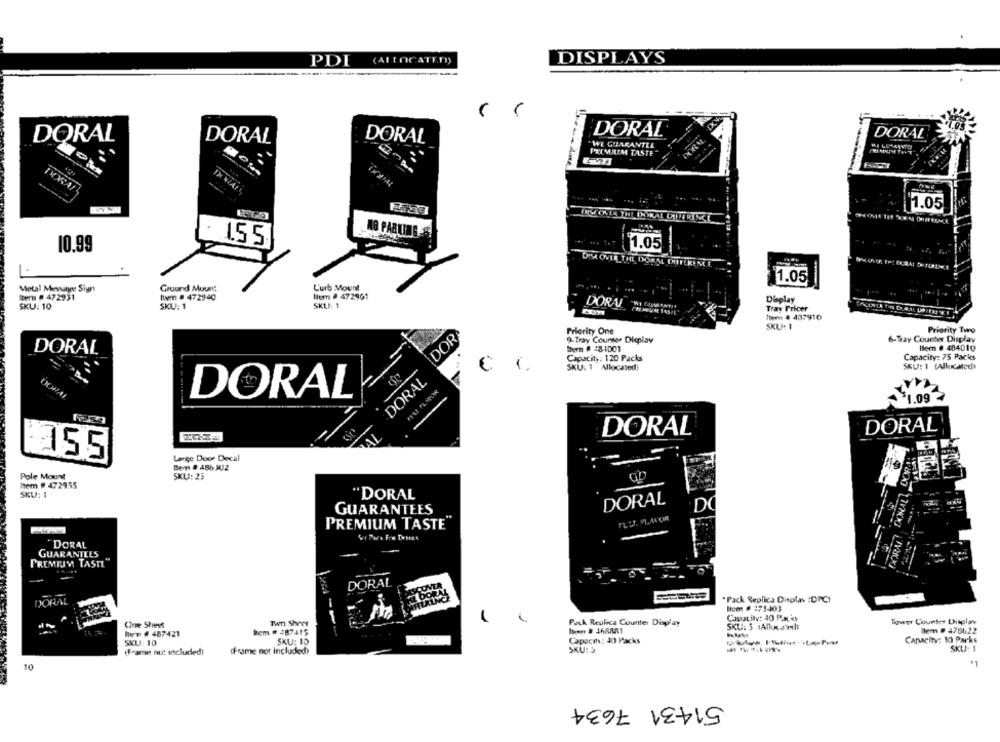
(ALLOCATED))
DISPLAYS
PDI
DORAL
DORAL
DORAL
DORAL
DORAL
.WE GUARANTEE
PREMIUM TASTE"
1X NIAI
DORA!
1.05
DISCORIE THE INTRAE CTIFRINCE
AG PARKING. S.
155
10.99
1.05
DISA OVER THE DORAL IHIFERENCE
11.05
Metal Menwayne Sign
Ground Mount
L'urb Mount
Itern # 472931
Iwm # 4729:40
Itern # 472901
SKU: 10
SKU: 1
SKUP: 1
DORAL
Display
Tray Pricer
item # 437910
SKU. I
DOR
Priority One
Priority Two
9-Tray Counser Dieplay
6-Tray Counter Display
therm # 48-1001
ller # 484010
DORAL
Capacity: 75 Packs
Capacity: 120 Packs
C
-
SKU: 1 Allocated
SKU: 1 (Allocated
DORAL
DORAL
DORAL
1.09
DORAL
DORAL
15.5
Lange Door Decal
Bem # 486 JJ2
Pole Mount
SKU: 25
frem # 472955
SKU: :
"DORAL
DORAL
GUARANTEES
RU. PLAVOR
PREMIUM TASTE"
DORAL
GUARANTEES
PREMIUM TASTE"
DORAL
DORAL
*Pack Replica Disolav :DPC)
Item # 171403
Capacity: 40 P.M. o
One Sheet
Twn Sheer
--
-
Park Replica Counter Display
Tower Counter Display
bem . 487415
lem # 478622
hen # 487421
Capacit: 40 Packs
Capacity: 10 Parks
SKU: 10
SKU: 10
(Frame not included)
IFrame not included)
SKU: >
SKU: 1
10
51431 7634